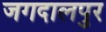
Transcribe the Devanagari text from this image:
जगदालपुर